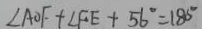
\angle A O F + \angle F E + 5 6 ^ { \circ } = 1 8 0 ^ { \circ }